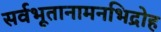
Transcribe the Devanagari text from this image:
सर्वभूतानामनभिद्रोह